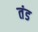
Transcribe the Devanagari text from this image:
तंड